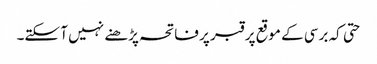
حتی کہ برسی کے موقع پر قبر پر فاتحہ پڑھنے نہیں آ سکتے۔